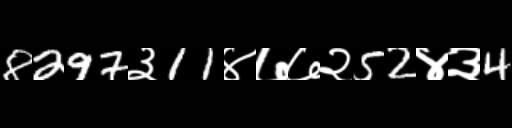
Text: 8297३11४७७२52४३4